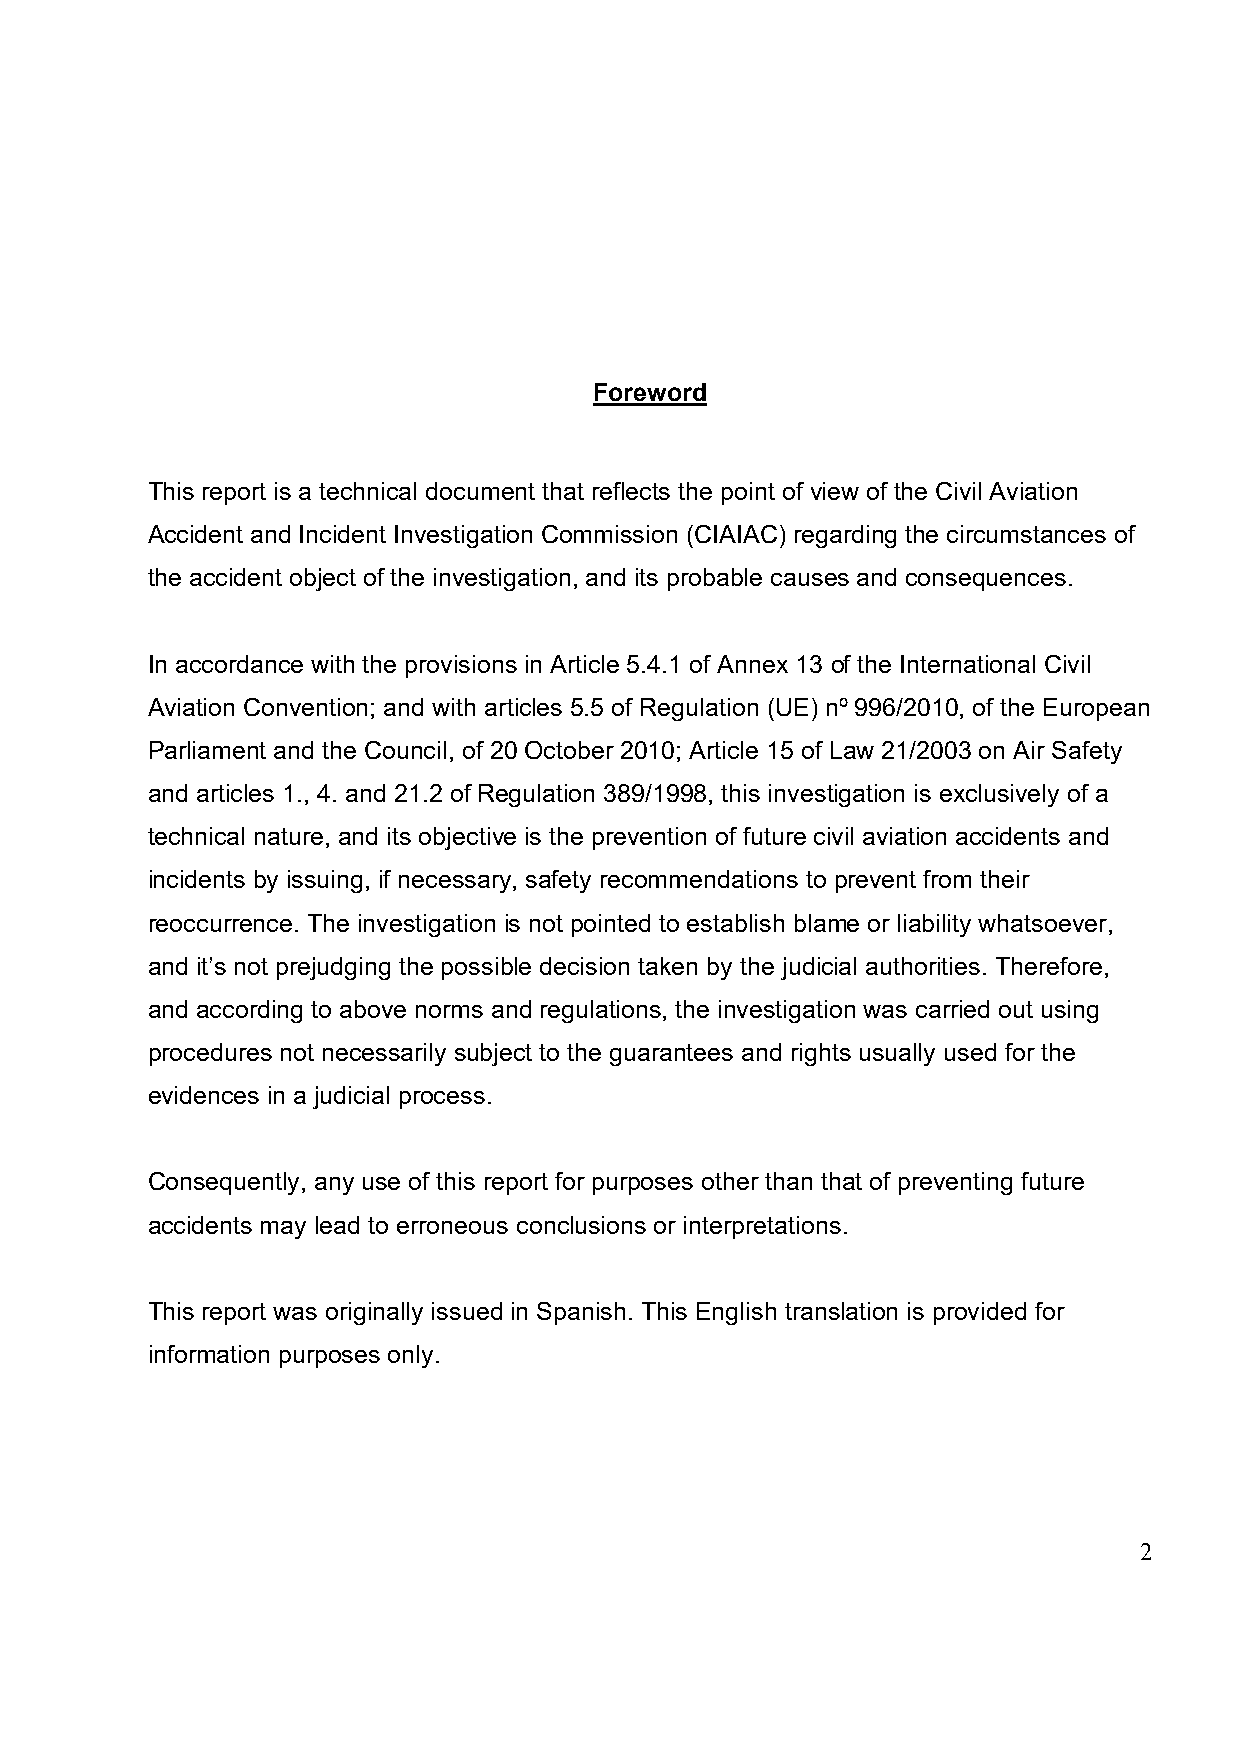
Foreword
 This report is a technical document that reflects the point of view of the Civil Aviation
 Accident and Incident Investigation Commission (CIAIAC) regarding the circumstances of
 the accident object of the investigation, and its probable causes and consequences.
 In accordance with the provisions in Article 5.4.1 of Annex 13 of the International Civil
 Aviation Convention; and with articles 5.5 of Regulation (UE) nº 996/2010, of the European
 Parliament and the Council, of 20 October 2010; Article 15 of Law 21/2003 on Air Safety
 and articles 1., 4. and 21.2 of Regulation 389/1998, this investigation is exclusively of a
 technical nature, and its objective is the prevention of future civil aviation accidents and
 incidents by issuing, if necessary, safety recommendations to prevent from their
 reoccurrence. The investigation is not pointed to establish blame or liability whatsoever,
 and it’s not prejudging the possible decision taken by the judicial authorities. Therefore,
 and according to above norms and regulations, the investigation was carried out using
 procedures not necessarily subject to the guarantees and rights usually used for the
 evidences in a judicial process.
 Consequently, any use of this report for purposes other than that of preventing future
 accidents may lead to erroneous conclusions or interpretations.
 This report was originally issued in Spanish. This English translation is provided for
 information purposes only.
 2